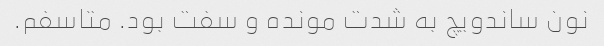
نون ساندویچ به شدت مونده و سفت بود. متاسفم.